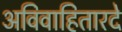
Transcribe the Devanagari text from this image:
अविवाहितारदे